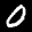
Label: 0